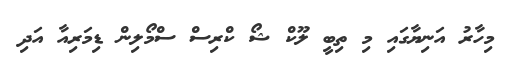
މިހާރު އަނިޔާގައި މި ތިބީ ލޫކް ޝޯ ކްރިސް ސްމޯލިން ޑިމަރިއާ އަދި